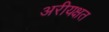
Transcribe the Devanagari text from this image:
अरीयक्षत